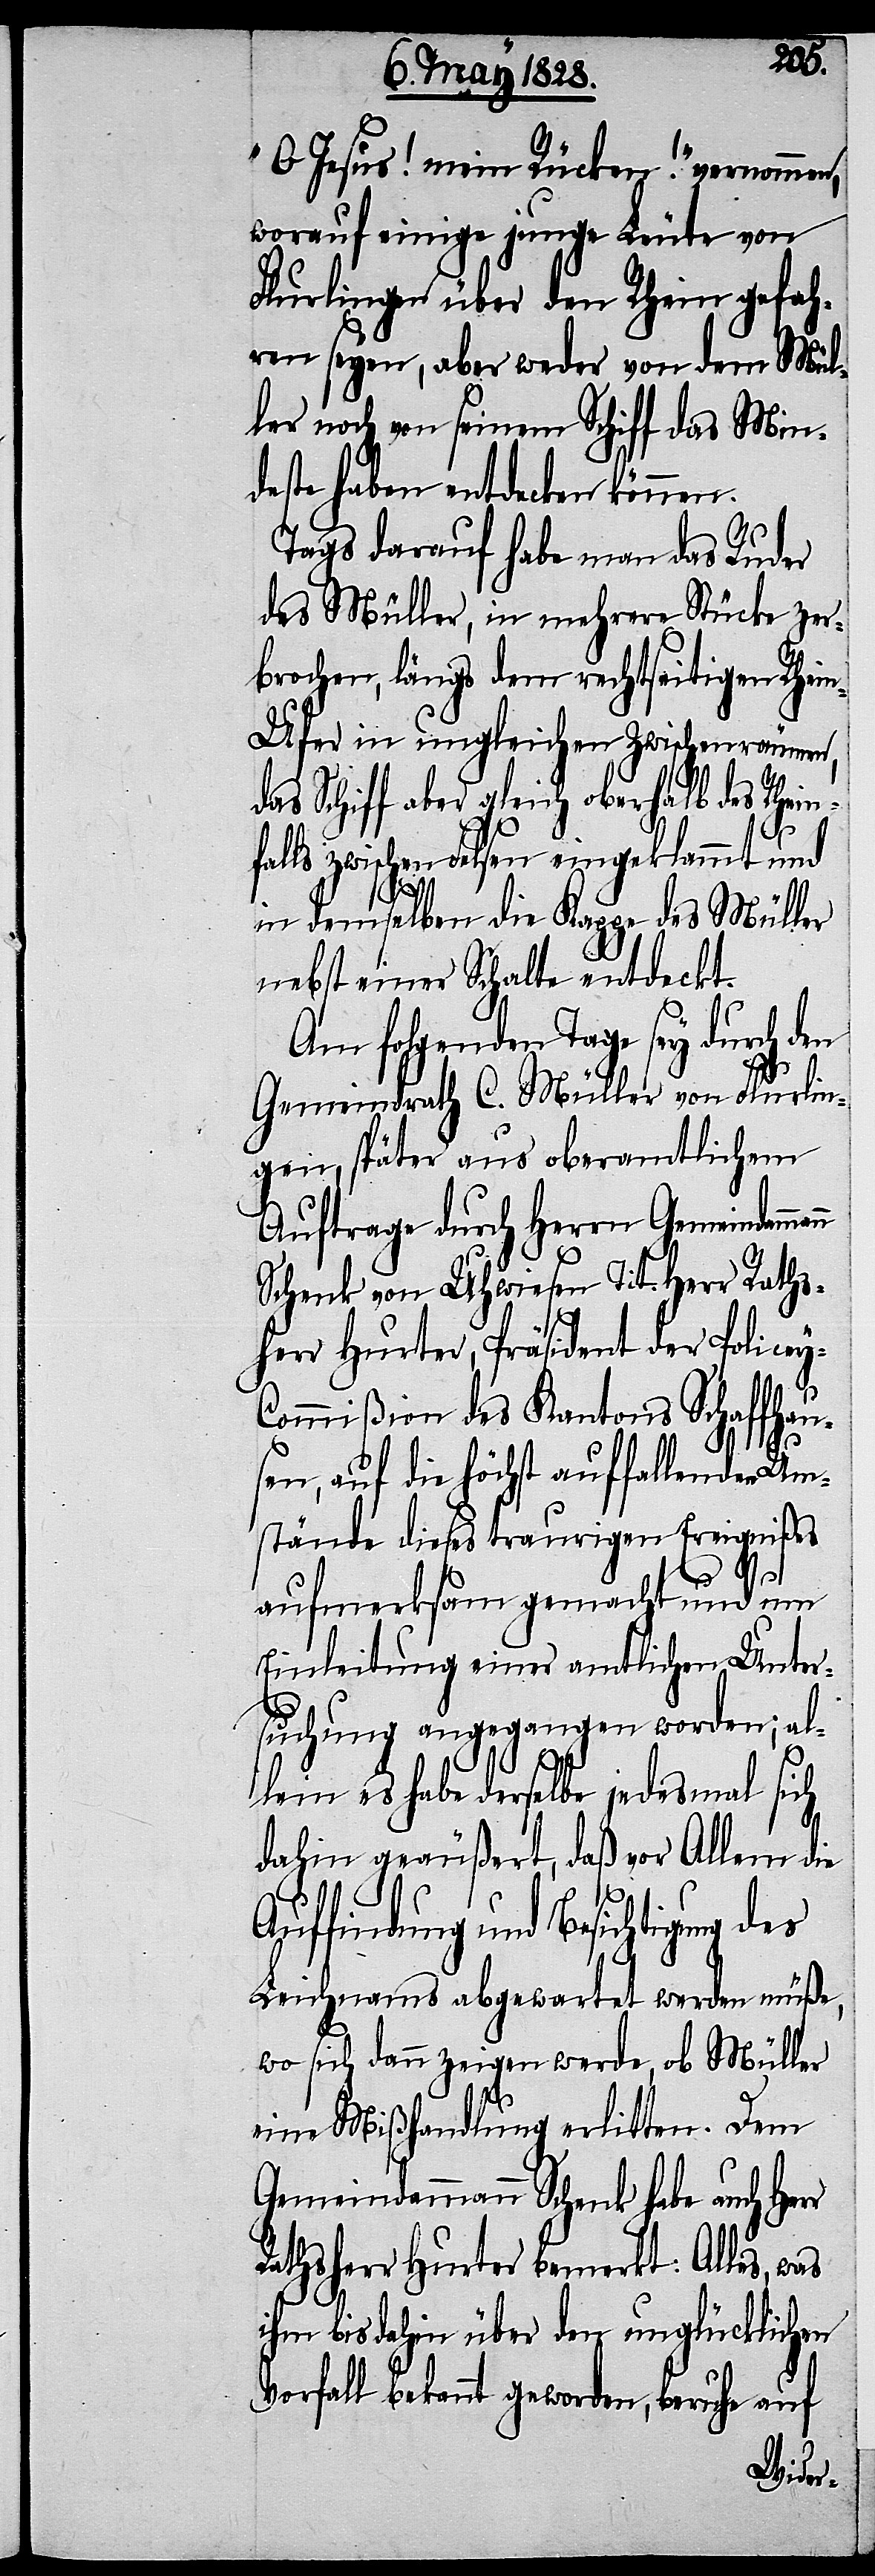
„O Jesus! mein Rücken!“ vernommen,
worauf einige junge Leute von
Flurlingen über den Rhein gefah¬
ren seyen, aber weder von dem Mül¬
ler noch von seinem Schiff das Min¬
deste haben entdecken können.
Tags darauf habe man das Ruder
des Müller, in mehrere Stücke zer¬
brochen, längs dem rechtseitigen Rhei¬
n-Ufer in ungleichen Zwischenräumen,
das Schiff aber gleich oberhalb des Rhein¬
y-C¬
falls zwischen Felsen ungeklemmt und
in demselben die Kappe des Müller
nebst einer Schalte entdeckt.
Am folgenden Tage sey durch den
Gemeindrath C. Müller von Flurlin¬
gen, später aus oberamtlichem
Auftrage durch den Herrn
Schenk von Uhwiesen Tit. Herr Raths¬
herr Hurter, Präsident der Police¬
ommißion des Kantons Schaffhau¬
sen, auf die höchst auffallenden Um¬
stände dieses traurigen Ereignißes
r
aufmerksam gemacht und um
Einleitung einer amtlichen Unter¬
suchung angegangen worden; al¬
lein es habe derselbe jedesmal sich
dahin geäußert, daß vor Allem die
Auffindung und Besichtigung des
Leichnams abgewartet werden müße,
wo sich dann zeigen werde, ob Müller
eine Mißhandlung erlitten. Dem
Gemeindammann Schenk habe auch Her¬
Rathsherr Hurter bemerkt: Alles,
ihm bis dahin über den unglücklichen
Vorfall bekannt geworden, beruhe auf